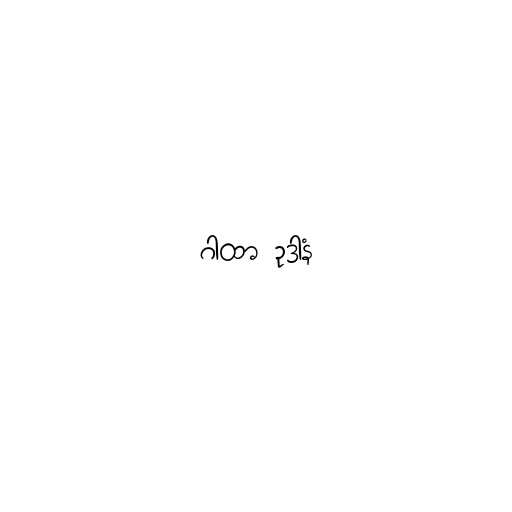
ဂါထာ ဥဒါနံ